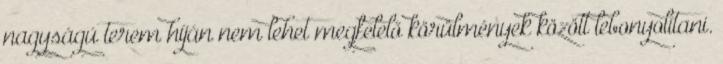
nagyságú terem híján nem lehet megfelelő körülmények között lebonyolítani.